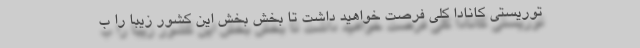
توریستی کانادا کلی فرصت خواهید داشت تا بخش بخش این کشور زیبا را ب